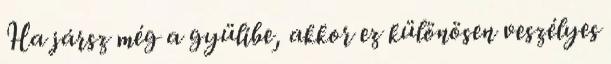
Ha jársz még a gyülibe, akkor ez különösen veszélyes